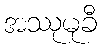
အဿုမုခီ